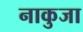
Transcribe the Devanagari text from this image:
नाकुजा